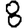
Digit: 8